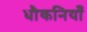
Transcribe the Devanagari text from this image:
धौकनियाँ